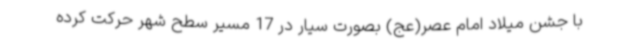
با جشن میلاد امام عصر(عج) بصورت سیار در 17 مسیر سطح شهر حرکت کرده